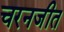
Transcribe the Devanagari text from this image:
चरनजीत